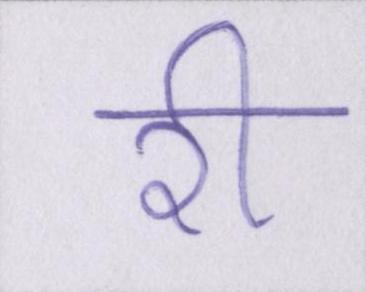
री